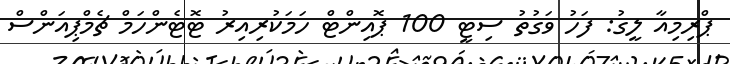
ޕްރިމިއާ ލީގު: ފަހު ވަގުތު ސިޓީ 100 ޕޮއިންޓް ހަމަކުރިއިރު ޓޮޓެންހަމް ޗެމްޕިއަންސް